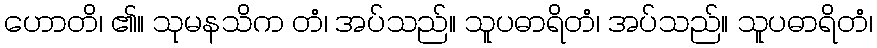
ဟောတိ၊ ၏။ သုမနသိက တံ၊ အပ်သည်။ သူပဓာရိတံ၊ အပ်သည်။ သူပဓာရိတံ၊